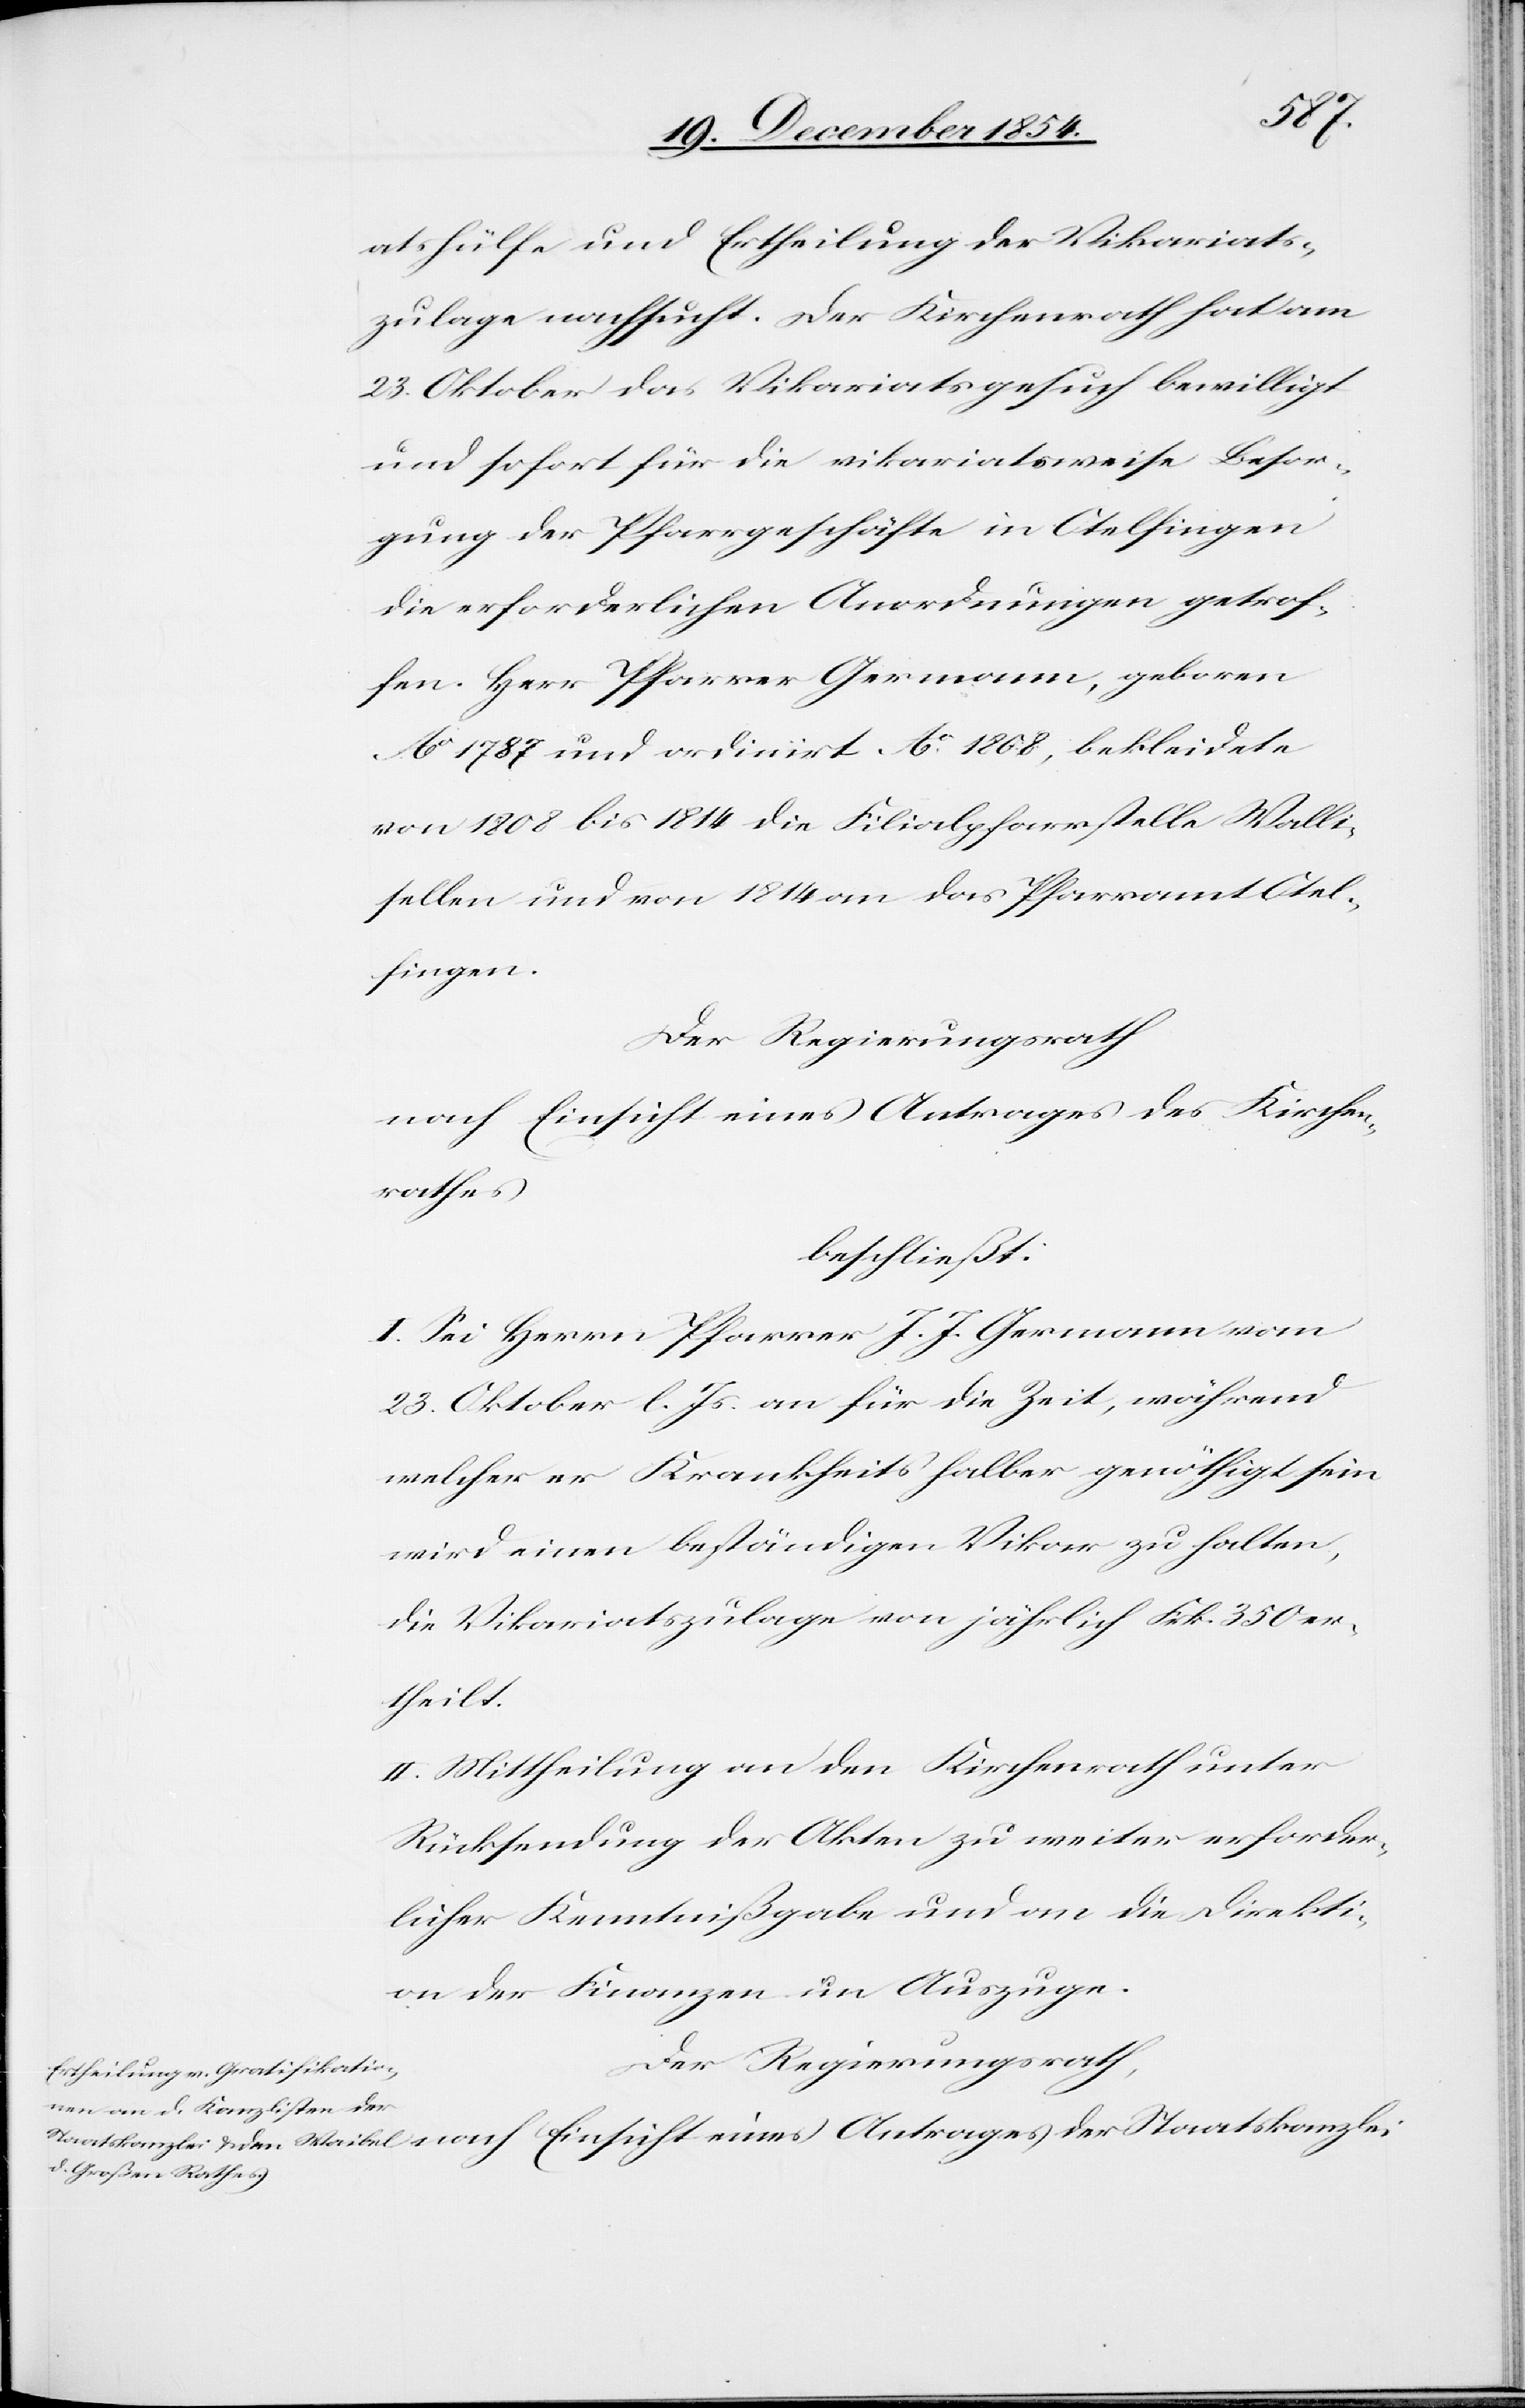
zlei
atshülfe und Ertheilung der Vikariats¬
zulage nachsucht. Der Kirchenrath hat am
23. Oktober das Vikariatsgesuch bewilligt
und sofort für die vikariatsweise Besor¬
gung der Pfarrgeschäfte in Otelfingen
die erforderlichen Anordnungen getrof¬
fen. Herr Pfarrer Germann, geboren
Ao 1787 und ordinirt Ao 1868, bekleidete
von 1808 bis 1814 die Filialpfarrstelle Walli¬
sellen und von 1814 an das Pfarramt Otel¬
fingen.
Der Regierungsrath
nach Einsicht eines Antrages der Staatskan¬
rathes
beschließt:
I. Sei Herrn Pfarrer J. J. Germann vom
23. Oktober l. Js. an für die Zeit, während
welcher er Krankheits halber genöthigt sein
wird einen beständigen Vikar zu halten,
die Vikariatszulage von jährlich Frk. 350 er¬
theilt.
II. Mittheilung an den Kirchenrath unter
Rücksendung der Akten zu weiter erforder¬
licher Kenntnißgabe und an die Direkti¬
on der Finanzen im Auszuge.
Der Regierungsrath,